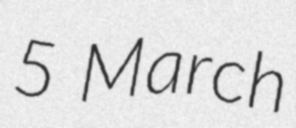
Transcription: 5 March